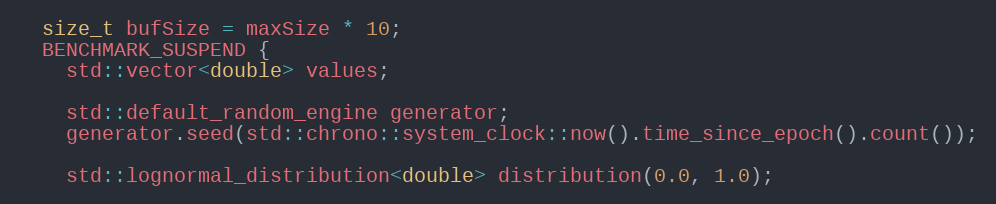
Language: C++
  size_t bufSize = maxSize * 10;
  BENCHMARK_SUSPEND {
    std::vector<double> values;

    std::default_random_engine generator;
    generator.seed(std::chrono::system_clock::now().time_since_epoch().count());

    std::lognormal_distribution<double> distribution(0.0, 1.0);